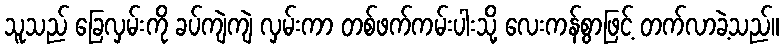
သူသည် ခြေလှမ်းကို ခပ်ကျဲကျဲ လှမ်းကာ တစ်ဖက်ကမ်းပါးသို့ လေးကန်စွာဖြင့် တက်လာခဲ့သည်။